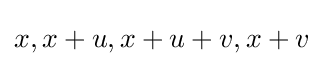
x,x+u,x+u+v,x+v